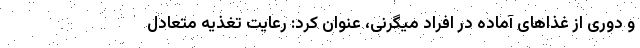
و دوری از غذاهای آماده در افراد میگرنی، عنوان کرد: رعایت تغذیه متعادل